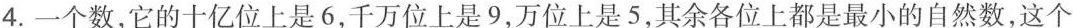
4.一个数，它的十亿位上是6，千万位上是9，万位上是5，其余各位上都是最小的自然数，这个